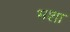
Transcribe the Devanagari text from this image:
भशा